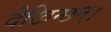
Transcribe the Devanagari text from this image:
देखिन्छन्।